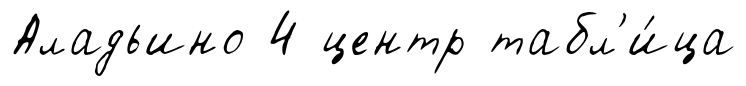
Аладьино 4 центр табл'и́ца